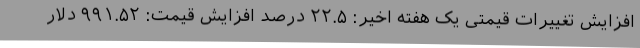
افزایش تغییرات قیمتی یک هفته اخیر: ۲۲.۵ درصد افزایش قیمت: ۹۹۱.۵۲ دلار